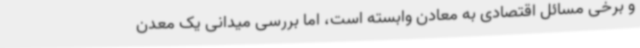
و برخی مسائل اقتصادی به معادن وابسته است، اما بررسی میدانی یک معدن